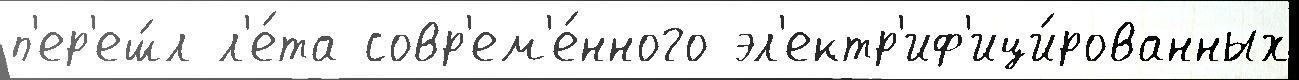
п'ер'еш́л л'е́та совр'ем'е́нного эл'ектр'иф'ици́рованных